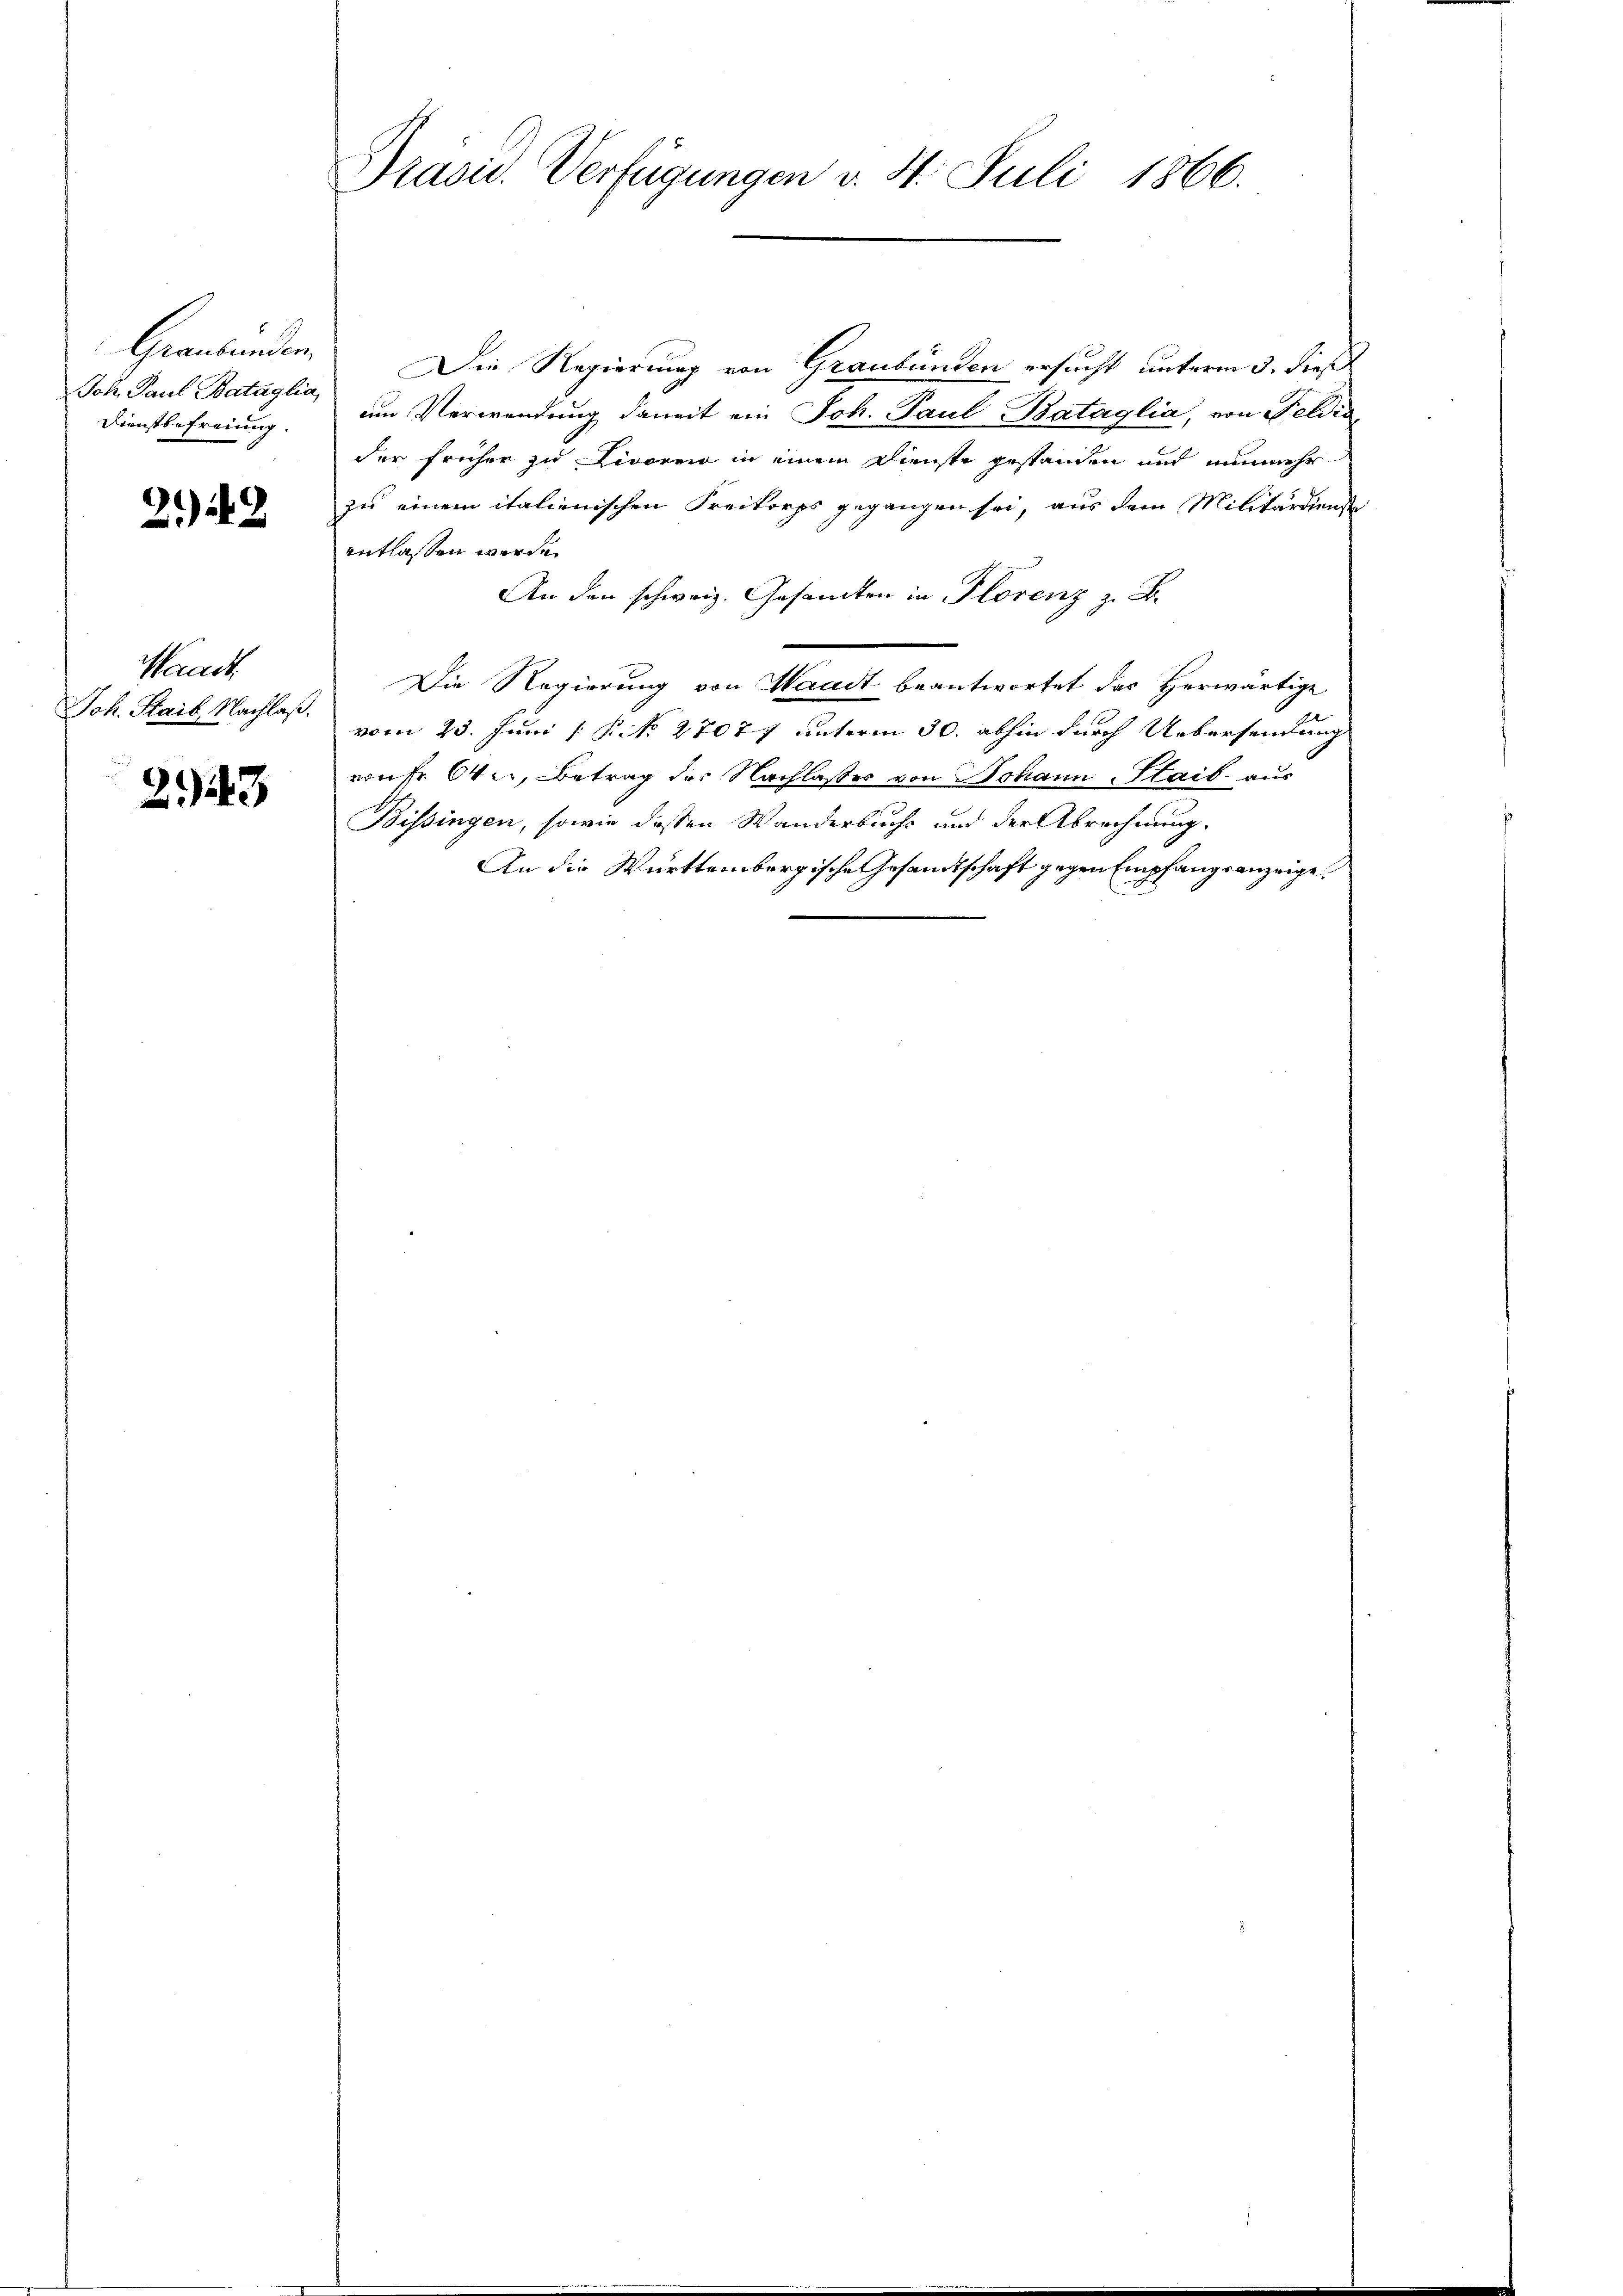
Graubünden.
Joh. Paul Bataglia,
Dienstbefreiung.

2)42

Waadt,
Joh. Stail, Nachlaß.

2943

Präsid. Verfügungen v. 4. Juli 1866.

Die Regierung von Graubünden ersucht unterm 3. dies
um Verwendung damit ein Joh. Paul Bataglia, von Feldis
der früher zu Livoren in einem Dienste gestanden und nunmehr
zu einem italienischen Freikorps gegangen sei, aus dem Militärdiende
entlassen werde.
An den schweiz. Gesandten in Florenz z. B.
Die Regierung von Waadt beantwortet das Herwärtige
vom 23. Juni [ P. No. 27077 unterm 30. abhin durch Uebersendung
von fr. Over, Betrag der Nachlasser von Johann Staib aus
Bissingen, sowie dessen Wanderbuchs und der Abrechnung.
An die Württembergische Gesandtschaft gegen Empfangsanzeige.